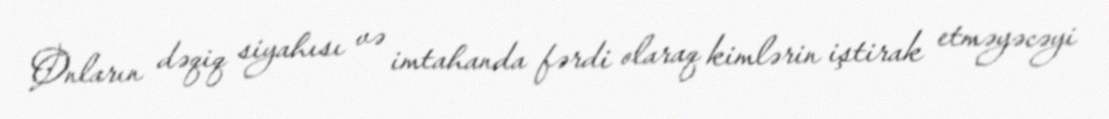
Onların dəqiq siyahısı və imtahanda fərdi olaraq kimlərin iştirak etməyəcəyi